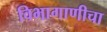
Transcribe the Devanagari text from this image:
विभागाणीचा